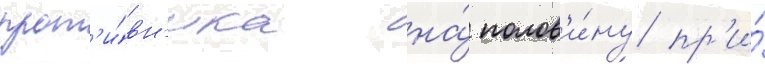
прот'и́вн'ика на́ полов'и́ну пр'и́